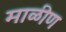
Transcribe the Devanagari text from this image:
माळीण